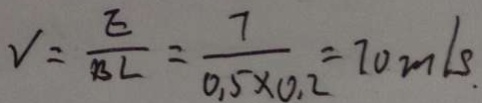
V = \frac { E } { B L } = \frac { 7 } { 0 \cdot 5 \times 0 \cdot 2 } = 7 0 m / s _ { \cdot }